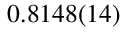
0 . 8 1 4 8 ( 1 4 )